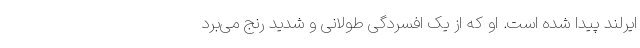
ایرلند پیدا شده است. او که از یک افسردگی طولانی و شدید رنج می‌برد